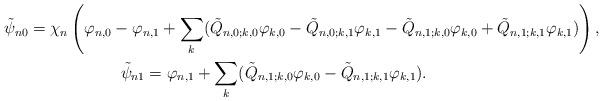
LaTeX: \begin{gather*}\tilde \psi_{n0} = \chi_n\left(\varphi_{n,0} - \varphi_{n,1} + \sum_k (\tilde Q_{n,0; k,0} \varphi_{k,0} - \tilde Q_{n,0; k,1} \varphi_{k,1} - \tilde Q_{n,1; k,0} \varphi_{k,0} + \tilde Q_{n,1; k,1} \varphi_{k,1})\right), \\\tilde \psi_{n1} = \varphi_{n,1} + \sum_k (\tilde Q_{n,1; k,0} \varphi_{k,0} - \tilde Q_{n,1; k,1} \varphi_{k,1}).\end{gather*}